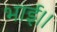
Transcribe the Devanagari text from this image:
भाई।।